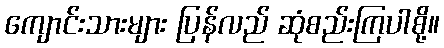
ကျောင်းသားများ ပြန်လည် ဆုံစည်းကြပါစို့။